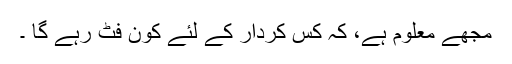
مجھے معلوم ہے، کہ کس کردار کے لئے کون فٹ رہے گا ۔